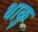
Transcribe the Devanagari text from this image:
धाकु